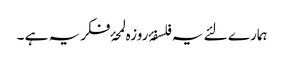
ہمارے لئے یہ فلسفۂ روزہ لمحۂ فکریہ ہے ۔